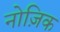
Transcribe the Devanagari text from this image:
नोज़िक